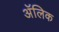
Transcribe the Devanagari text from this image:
अॅलिक